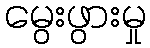
မွေးဖွားမှု